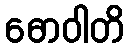
ဓောဝါတိ